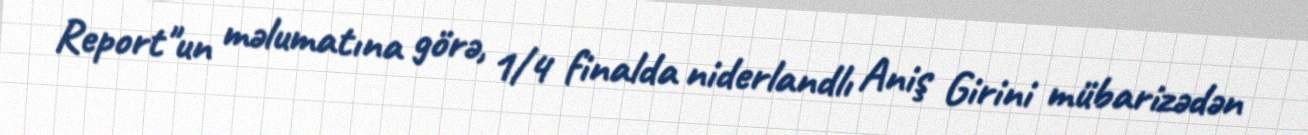
Report"un məlumatına görə, 1/4 finalda niderlandlı Aniş Girini mübarizədən